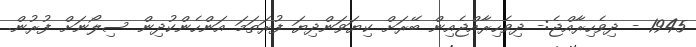
1945 - ދިވެހިރާއްޖެ:- ދިވެހިރާއްޖެއިން ބޭރަށް ކިޔަވަންދިޔަ ފުރަތަމަ އަންހެންކުދިން ސިލޯނަށް ފުރުން.